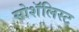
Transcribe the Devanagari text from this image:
सोशॅलिस्ट